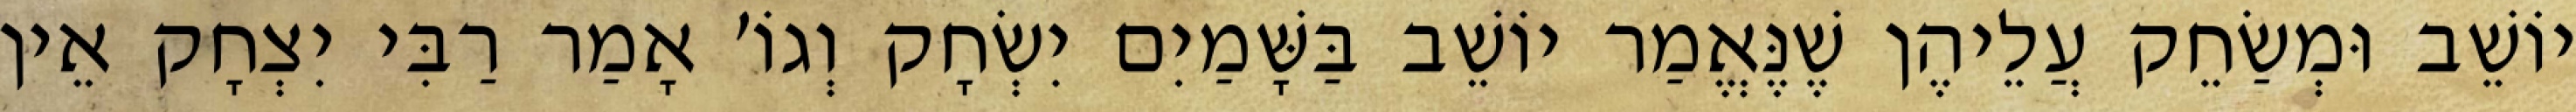
יוֹשֵׁב וּמְשַׂחֵק עֲלֵיהֶן שֶׁנֶּאֱמַר יוֹשֵׁב בַּשָּׁמַיִם יִשְׂחָק וְגוֹ׳ אָמַר רַבִּי יִצְחָק אֵין